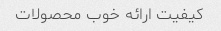
کیفیت ارائه خوب محصولات